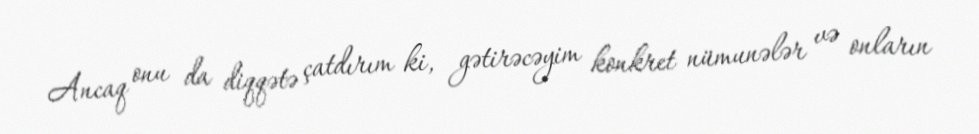
Ancaq onu da diqqətə çatdırım ki, gətirəcəyim konkret nümunələr və onların